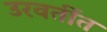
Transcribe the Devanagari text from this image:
उरवर्तीत